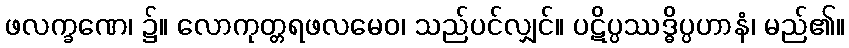
ဖလက္ခဏေ၊ ၌။ လောကုတ္တရဖလမေဝ၊ သည်ပင်လျှင်။ ပဋိပ္ပဿဒ္ဓိပ္ပဟာနံ၊ မည်၏။